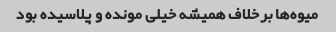
میوه‌ها برخلاف همیشه خیلی مونده و پلاسیده بود